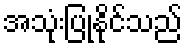
အသုံးပြုနိုင်သည်